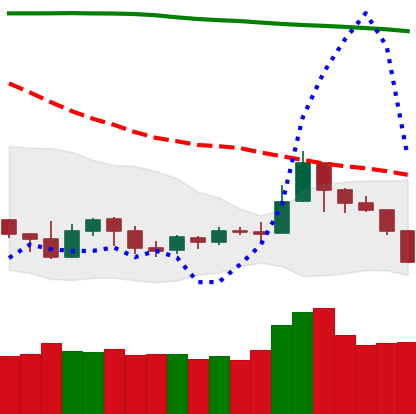
Ticker: NEO-USD
Chart end date: 2019-09-23
Forward return: -14.824%
Label: down_7plus